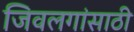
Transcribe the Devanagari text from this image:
जिवलगांसाठी